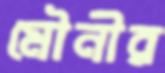
মৌনীর